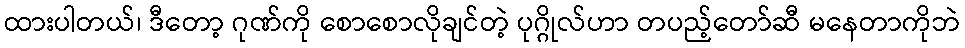
ထားပါတယ်၊ ဒီတော့ ဂုဏ်ကို စောစောလိုချင်တဲ့ ပုဂ္ဂိုလ်ဟာ တပည့်တော်ဆီ မနေတာကိုဘဲ